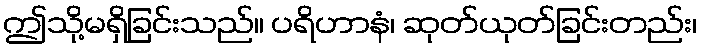
ဤသို့မရှိခြင်းသည်။ ပရိဟာနံ၊ ဆုတ်ယုတ်ခြင်းတည်း၊